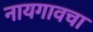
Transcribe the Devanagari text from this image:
नायगावचा